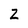
Character: Z